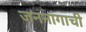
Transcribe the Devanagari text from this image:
जननांगाची